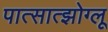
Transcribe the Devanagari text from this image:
पात्सात्झोग्लू